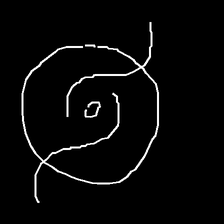
Glyph: repetition